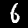
Digit: 6